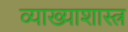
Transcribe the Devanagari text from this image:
व्याख्याशास्त्र